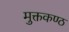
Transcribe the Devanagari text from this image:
मुक्तकण्ठ